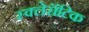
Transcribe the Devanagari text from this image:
स्क्लेरॉटिक